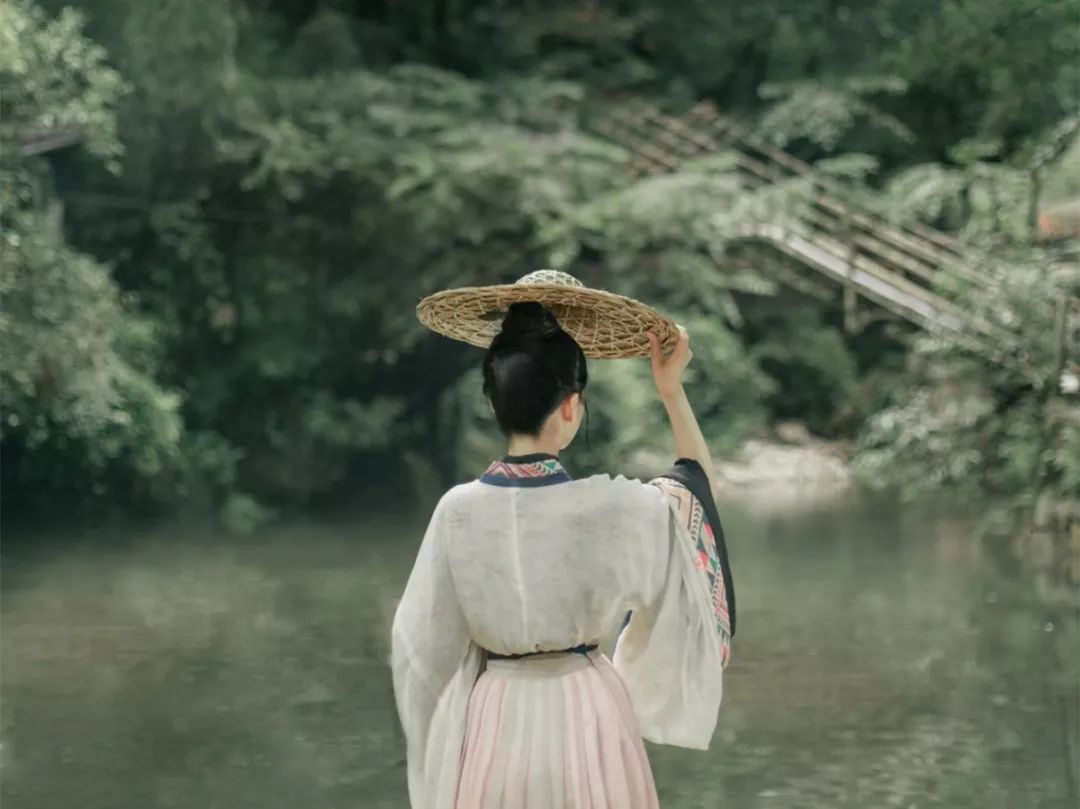
数人世相逢，百年欢笑，能得几回又。